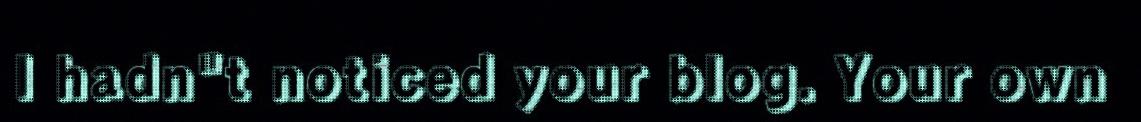
I hadn"t noticed your blog. Your own